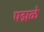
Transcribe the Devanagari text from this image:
पद्मळे